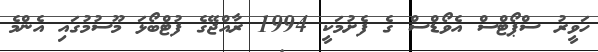
ހަވީރު ސްޕޯޓްސް އެވޯޑްސް ގެ ފެށުމަކީ 1994 ރާއްޖޭގެ ފުޓްބޯޅަ މޫސުމުގައި އެންމެ